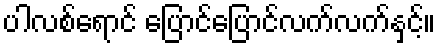
ပါလစ်ရောင် ပြောင်ပြောင်လက်လက်နှင့်။